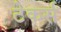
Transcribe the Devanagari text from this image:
टेकर्स